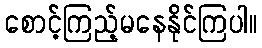
စောင့်ကြည့်မနေနိုင်ကြပါ။